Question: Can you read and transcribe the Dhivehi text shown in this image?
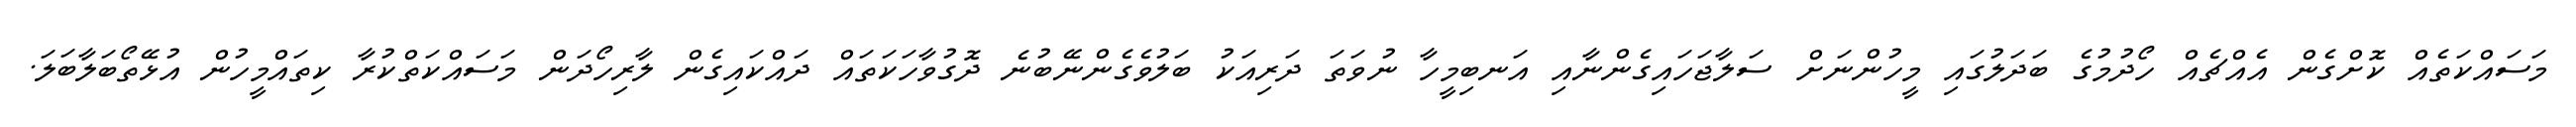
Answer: މަސައްކަތެއް ކޮށްގެން އެއްޗެއް ހޯދުމުގެ ބަދަލުގައި މީހުންނަށް ސަލާޖަހައިގެންނާއި އަނބިމީހާ ނުވަތަ ދަރިއަކު ބަލުވެގެންނޭބުނެ ދޮގުވާހަކަތައް ދައްކައިގެން ލާރިހޯދަން މަސައްކަތްކުރާ ކިތައްމީހުން އުޅޭތޯބަލާބަލަ.